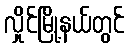
လှိုင်မြို့နယ်တွင်